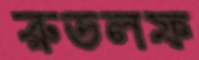
রুডলফ